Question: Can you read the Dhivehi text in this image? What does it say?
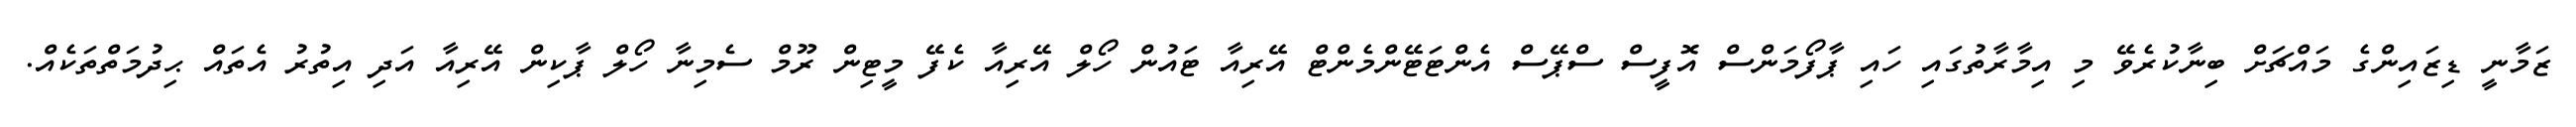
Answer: ޒަމާނީ ޑިޒައިންގެ މައްޗަށް ބިނާކުރެވޭ މި އިމާރާތުގައި ހައި ޕާފޯމަންސް އޮފީސް ސްޕޭސް އެންޓަޓޭންމެންޓް އޭރިއާ ޓައުން ހޯލް އޭރިއާ ކެފޭ މީޓިން ރޫމް ސެމިނާ ހޯލް ޕާކިން އޭރިއާ އަދި އިތުރު އެތައް ޙިދުމަތްތަކެއް.